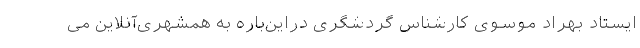
ایستاد بهراد موسوی کارشناس گردشگری دراین‌باره به همشهری‌آنلاین می